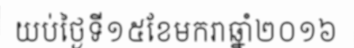
យប់ថ្ងៃទី១៥ខែមករាឆ្នាំ២០១៦